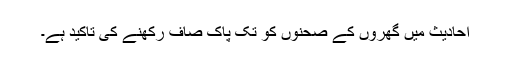
احادیث میں گھروں کے صحنوں کو تک پاک صاف رکھنے کی تاکید ہے۔